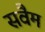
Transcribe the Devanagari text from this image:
सवैम